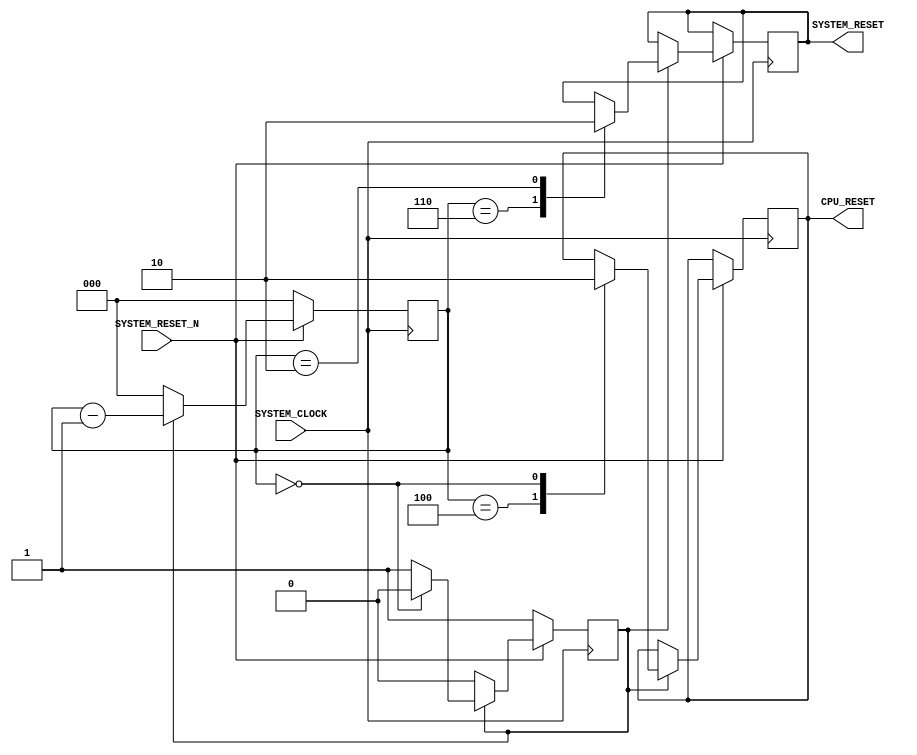
module RESET
	(
		input wire SYSTEM_CLOCK,
		input wire SYSTEM_RESET_N,
		output reg SYSTEM_RESET,
		output reg CPU_RESET 
	);

reg [2:0] rstcnt;
reg inreset;

initial 
	begin
		inreset = 1;
		rstcnt = 7;
	end
	
always @(posedge SYSTEM_CLOCK)
	if (! SYSTEM_RESET_N)
		begin
			rstcnt <= 0;
			inreset <= 1;
		end
	else
		if (inreset)
			begin
				rstcnt <= rstcnt - 3'b1;
				case (rstcnt)
					6: SYSTEM_RESET <= 1;
					4: CPU_RESET <= 1;
					2: SYSTEM_RESET <= 0;
					0: begin
							CPU_RESET <= 0;
							inreset <= 0;
						end
				endcase
			end
		else
			rstcnt <= 0;

endmodule